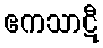
ဧကသာဋီ